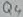
Text: Q4